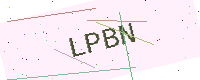
Text: LPBN